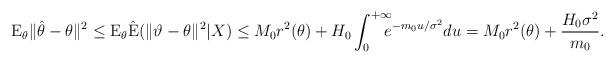
LaTeX: \begin{align*}\mathrm{E}_{\theta}\|\hat{\theta}-\theta\|^2 \le\mathrm{E}_{\theta} \hat{\mathrm{E}}(\|\vartheta-\theta\|^2|X)\le M_0r^2(\theta) + H_0 \int_0^{+\infty} \!\!\!\! e^{-m_0u/\sigma^2} du=M_0r^2(\theta) + \frac{H_0\sigma^2}{m_0}. \end{align*}